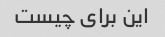
این برای چیست